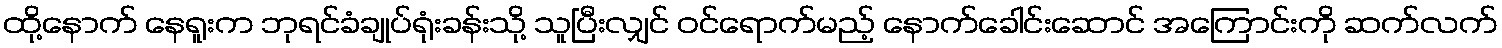
ထို့နောက် နေရူးက ဘုရင်ခံချုပ်ရုံးခန်းသို့ သူပြီးလျှင် ဝင်ရောက်မည့် နောက်ခေါင်းဆောင် အကြောင်းကို ဆက်လက်